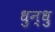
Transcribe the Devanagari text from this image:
धुन्धु